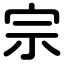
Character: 宗